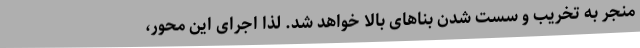
منجر به تخریب و سست شدن بناهای بالا خواهد شد. لذا اجرای این محور،